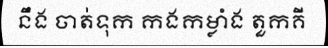
នឹង ចាត់ទុក កងកម្លាំង តួកគី